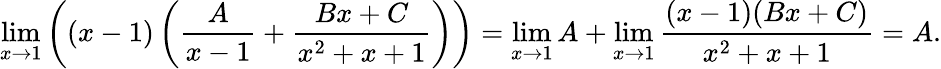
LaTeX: \operatorname*{lim}_{x\to 1}\left((x-1)\left({\frac{A}{x-1}}+{\frac{Bx+C}{x^{2}+x+1}}\right)\right)=\operatorname*{lim}_{x\to 1}A+\operatorname*{lim}_{x\to 1}{\frac{(x-1)(Bx+C)}{x^{2}+x+1}}=A.